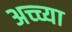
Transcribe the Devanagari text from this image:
अच्च्या